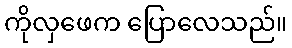
ကိုလှဖေက ပြောလေသည်။